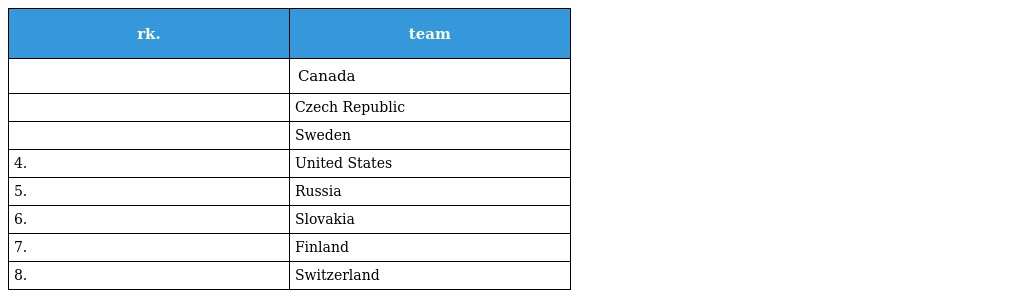
| rk. | team |
 | --- | --- |
 |  | Canada |
 |  | Czech Republic |
 |  | Sweden |
 | 4. | United States |
 | 5. | Russia |
 | 6. | Slovakia |
 | 7. | Finland |
 | 8. | Switzerland |